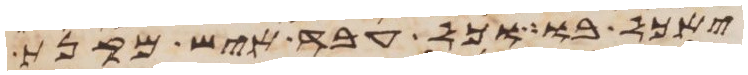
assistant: יאכל בו וכל עבד איש מקנת